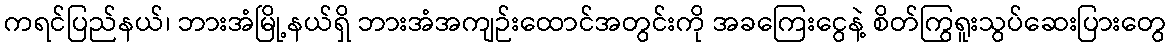
ကရင်ပြည်နယ်၊ ဘားအံမြို့နယ်ရှိ ဘားအံအကျဉ်းထောင်အတွင်းကို အခကြေးငွေနဲ့ စိတ်ကြွရူးသွပ်ဆေးပြားတွေ